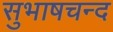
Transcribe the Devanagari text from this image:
सुभाषचन्द